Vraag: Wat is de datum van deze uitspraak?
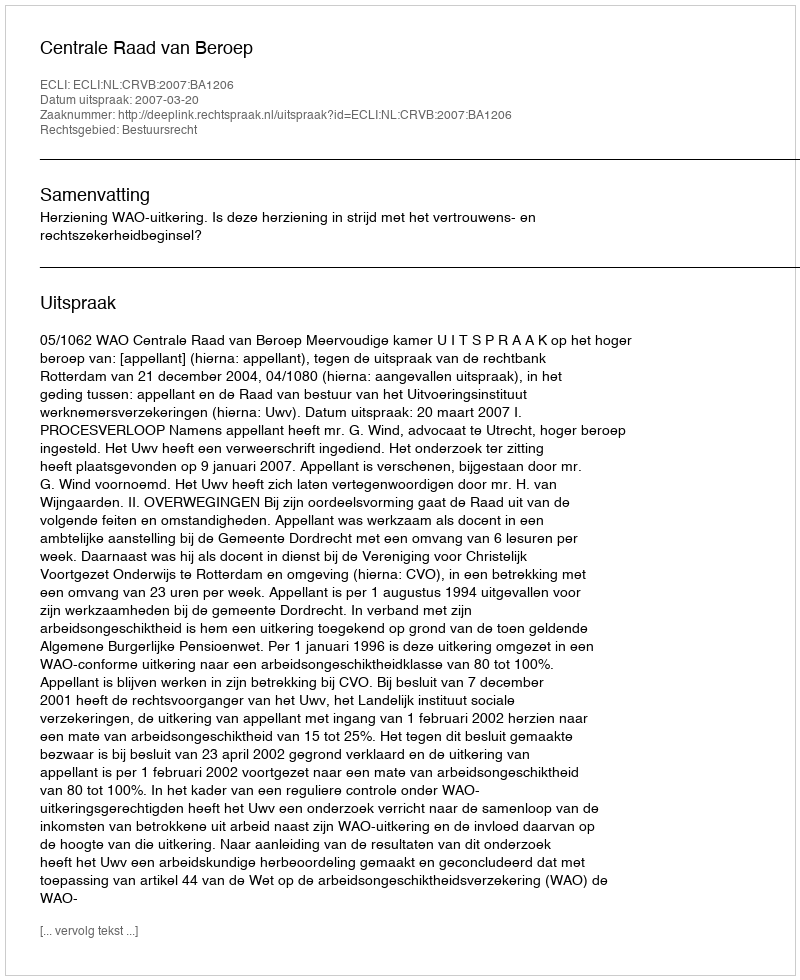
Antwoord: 2007-03-20